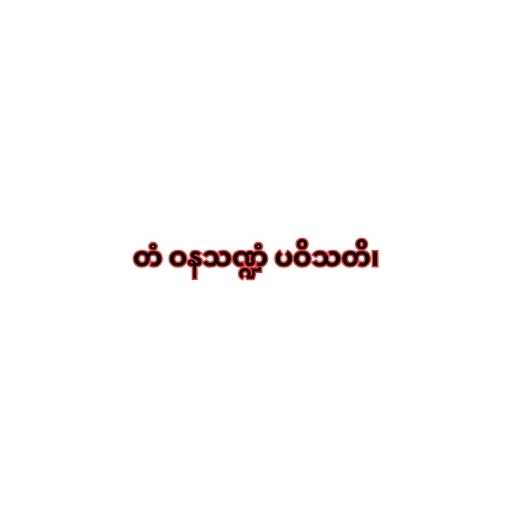
တံ ဝနသဏ္ဍံ ပဝိသတိ၊